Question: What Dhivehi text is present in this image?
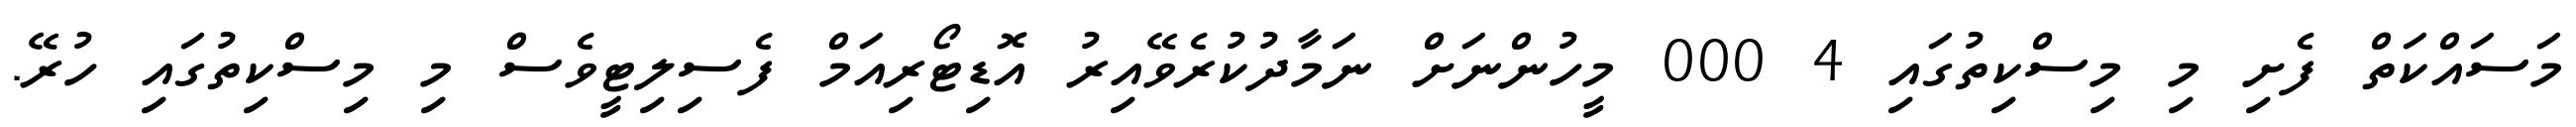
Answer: މަސައްކަތް ފެށި މި މިސްކިތުގައި 4 000 މީހުންނަށް ނަމާދުކުރެވޭއިރު އޮޑިޓޯރިއަމް ފެސިލިޓީވެސް މި މިސްކިތުގައި ހުރޭ.